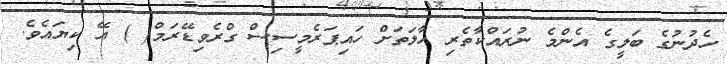
ހެދުނުގެ ބަލީގެ އެންމެ ނުރައްކާތެރި ހާލަތަށް ހައިޕަރެމީސިސް ގްރެވިޑޭރަމް( ) އޭ ކިޔައެވެ.